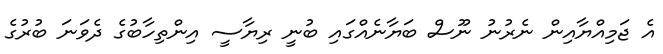
އެ ޖަމިއްޔާއިން ނެރުނު ނޫސް ބަޔާނެއްގައި ބުނީ ރިޔާސީ އިންތިހާބުގެ ދެވަނަ ބުރުގެ